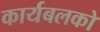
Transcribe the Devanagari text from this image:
कार्यबलको